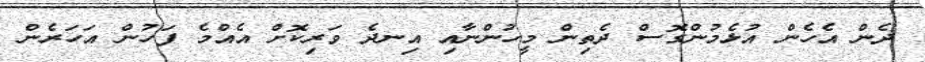
ދެން އެހެން އުޅެމުންގޮސް ދެތިން މީހުންނާއި އިނދެ ވަރިކޮށް އެއްމެ ފަހުން އަހަރެން